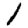
Digit: 1